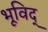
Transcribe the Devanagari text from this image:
भूविद्